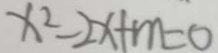
x ^ { 2 } - 2 x + m = 0